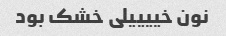
نون خییییلی خشک بود